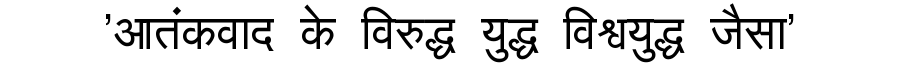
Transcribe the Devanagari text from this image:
'आतंकवाद के विरुद्ध युद्ध विश्वयुद्ध जैसा'